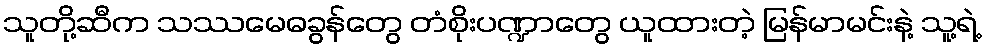
သူတို့ဆီက သဿမေဓခွန်တွေ တံစိုးပဏ္ဍာတွေ ယူထားတဲ့ မြန်မာမင်းနဲ့ သူ့ရဲ့